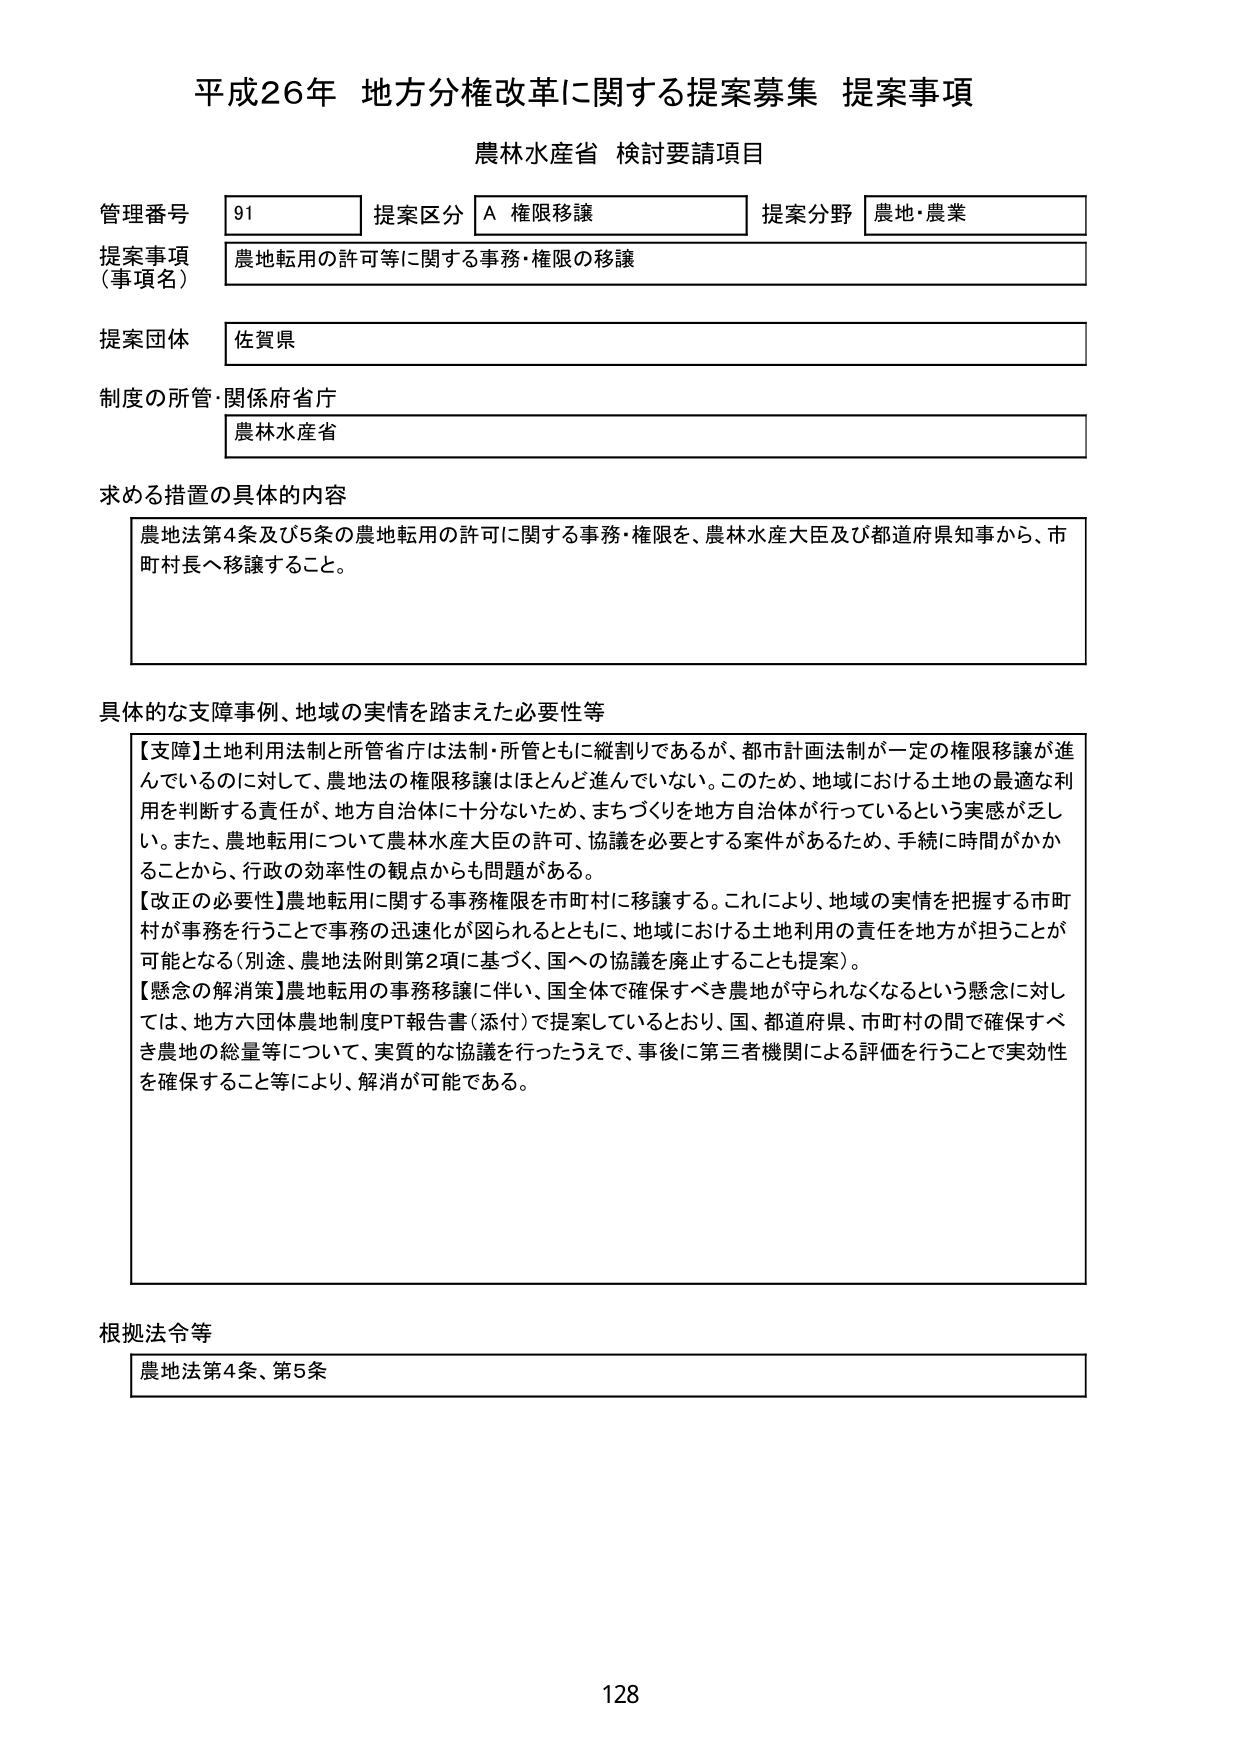
平成26年 地方分権改革に関する提案募集 提案事項
農林水産省 検討要請項目

管理番号 91 提案区分 A 権限移譲 提案分野 農地・農業
提案事項（事項名） 農地転用の許可等に関する事務・権限の移譲
提案団体 佐賀県
制度の所管・関係府省庁 農林水産省

求める措置の具体的内容
農地法第4条及び5条の農地転用の許可に関する事務・権限を、農林水産大臣及び都道府県知事から、市町村長へ移譲すること。

具体的な支障事例、地域の実情を踏まえた必要性等
【支障】土地利用法制と所管省庁は法制・所管ともに縦割りであるが、都市計画法制が一定の権限移譲が進んでいるのに対して、農地法の権限移譲はほとんど進んでいない。このため、地域における土地の最適な利用を判断する責任が、地方自治体に十分ないため、まちづくりを地方自治体が行っているという実感が乏しい。また、農地転用について農林水産大臣の許可、協議を必要とする案件があるため、手続に時間がかかることから、行政の効率性の観点からも問題がある。
【改正の必要性】農地転用に関する事務権限を市町村に移譲する。これにより、地域の実情を把握する市町村が事務を行うことで事務の迅速化が図られるとともに、地域における土地利用の責任を地方が担うことが可能となる（別途、農地法附則第2項に基づく、国への協議を廃止することも提案）。
【懸念の解消策】農地転用の事務移譲に伴い、国全体で確保すべき農地が守られなくなるという懸念に対しては、地方六団体農地制度PT報告書（添付）で提案しているとおり、国、都道府県、市町村の間で確保すべき農地の総量等について、実質的な協議を行ったうえで、事後に第三者機関による評価を行うことで実効性を確保すること等により、解消が可能である。

根拠法令等
農地法第4条、第5条

128